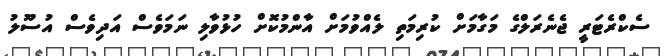
ސެކްރެޓަރީ ޖެނެރަލްގެ މަގާމަށް ކުރިމަތި ލެއްވުމަށް އާންމުކޮށް ހުޅުވާލި ނަމަވެސް އަދިވެސް އުސޫލު